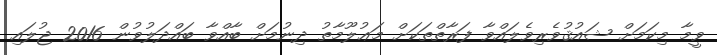
ވީމާ މިކަމަށް ޝައުޤުވެރިވެލައްވާ ފަރާތްތަކަށް މަޢުލޫމާތު ދިނުމަށް ބާއްވާ ބައްދަލުވުން 2016 ޖުލައި